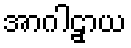
အာဂါဠှာယ